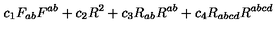
c _ { 1 } F _ { a b } F ^ { a b } + c _ { 2 } R ^ { 2 } + c _ { 3 } R _ { a b } R ^ { a b } + c _ { 4 } R _ { a b c d } R ^ { a b c d }